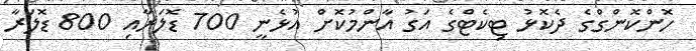
ހޮންކޮންގްގެ ދެކޮޅު ޓިކެޓްގެ އަގު އާންމުކޮށް އުޅެނީ 700 ޑޮލަރާއި 800 ޑޮލަރާ